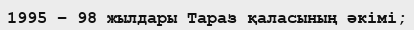
1995 – 98 жылдары Тараз қаласының әкімі;